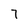
Character: 7